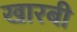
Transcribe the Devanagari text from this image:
खारबी